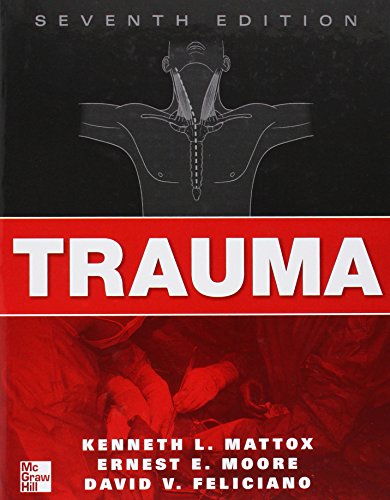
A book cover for Trauma, Seventh Edition; Kenneth Mattox; Medical Books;